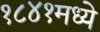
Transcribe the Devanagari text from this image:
१८४१मध्ये